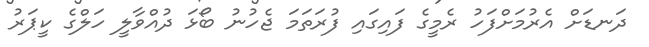
ދަނޑަށް އެރުމަށްފަހު ރެމީގެ ފައިގައި ފުރަތަމަ ޖެހުނު ބޯޅަ ދުއްވާލީ ހަލްގެ ކީޕަރު